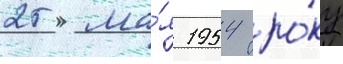
25 ма́я 1954 ро́ку